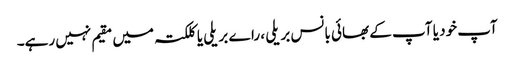
آپ خود یا آپ کے بھائی بانس بریلی ، راے بریلی یا کلکتہ میں مقیم نہیں رہے۔